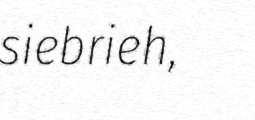
siebrieh,